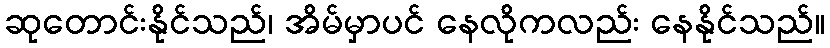
ဆုတောင်းနိုင်သည်၊ အိမ်မှာပင် နေလိုကလည်း နေနိုင်သည်။